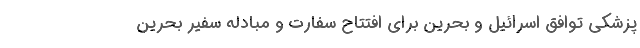
پزشکی توافق اسرائیل و بحرین برای افتتاح سفارت و مبادله سفیر بحرین